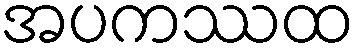
အပကဿထ